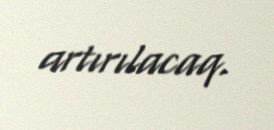
artırılacaq.